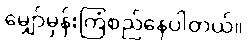
မျှော်မှန်းကြံစည်နေပါတယ်။